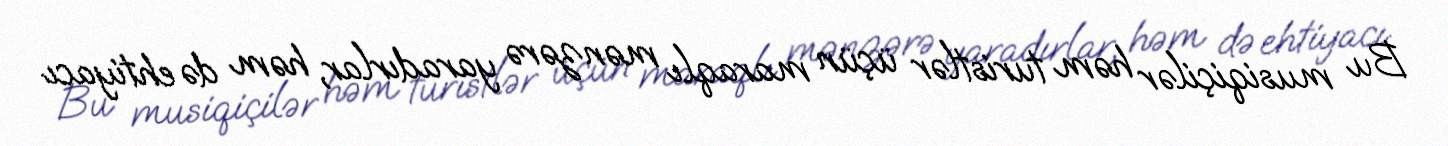
Bu musiqiçilər həm turistlər üçün maraqlı mənzərə yaradırlar, həm də ehtiyacı